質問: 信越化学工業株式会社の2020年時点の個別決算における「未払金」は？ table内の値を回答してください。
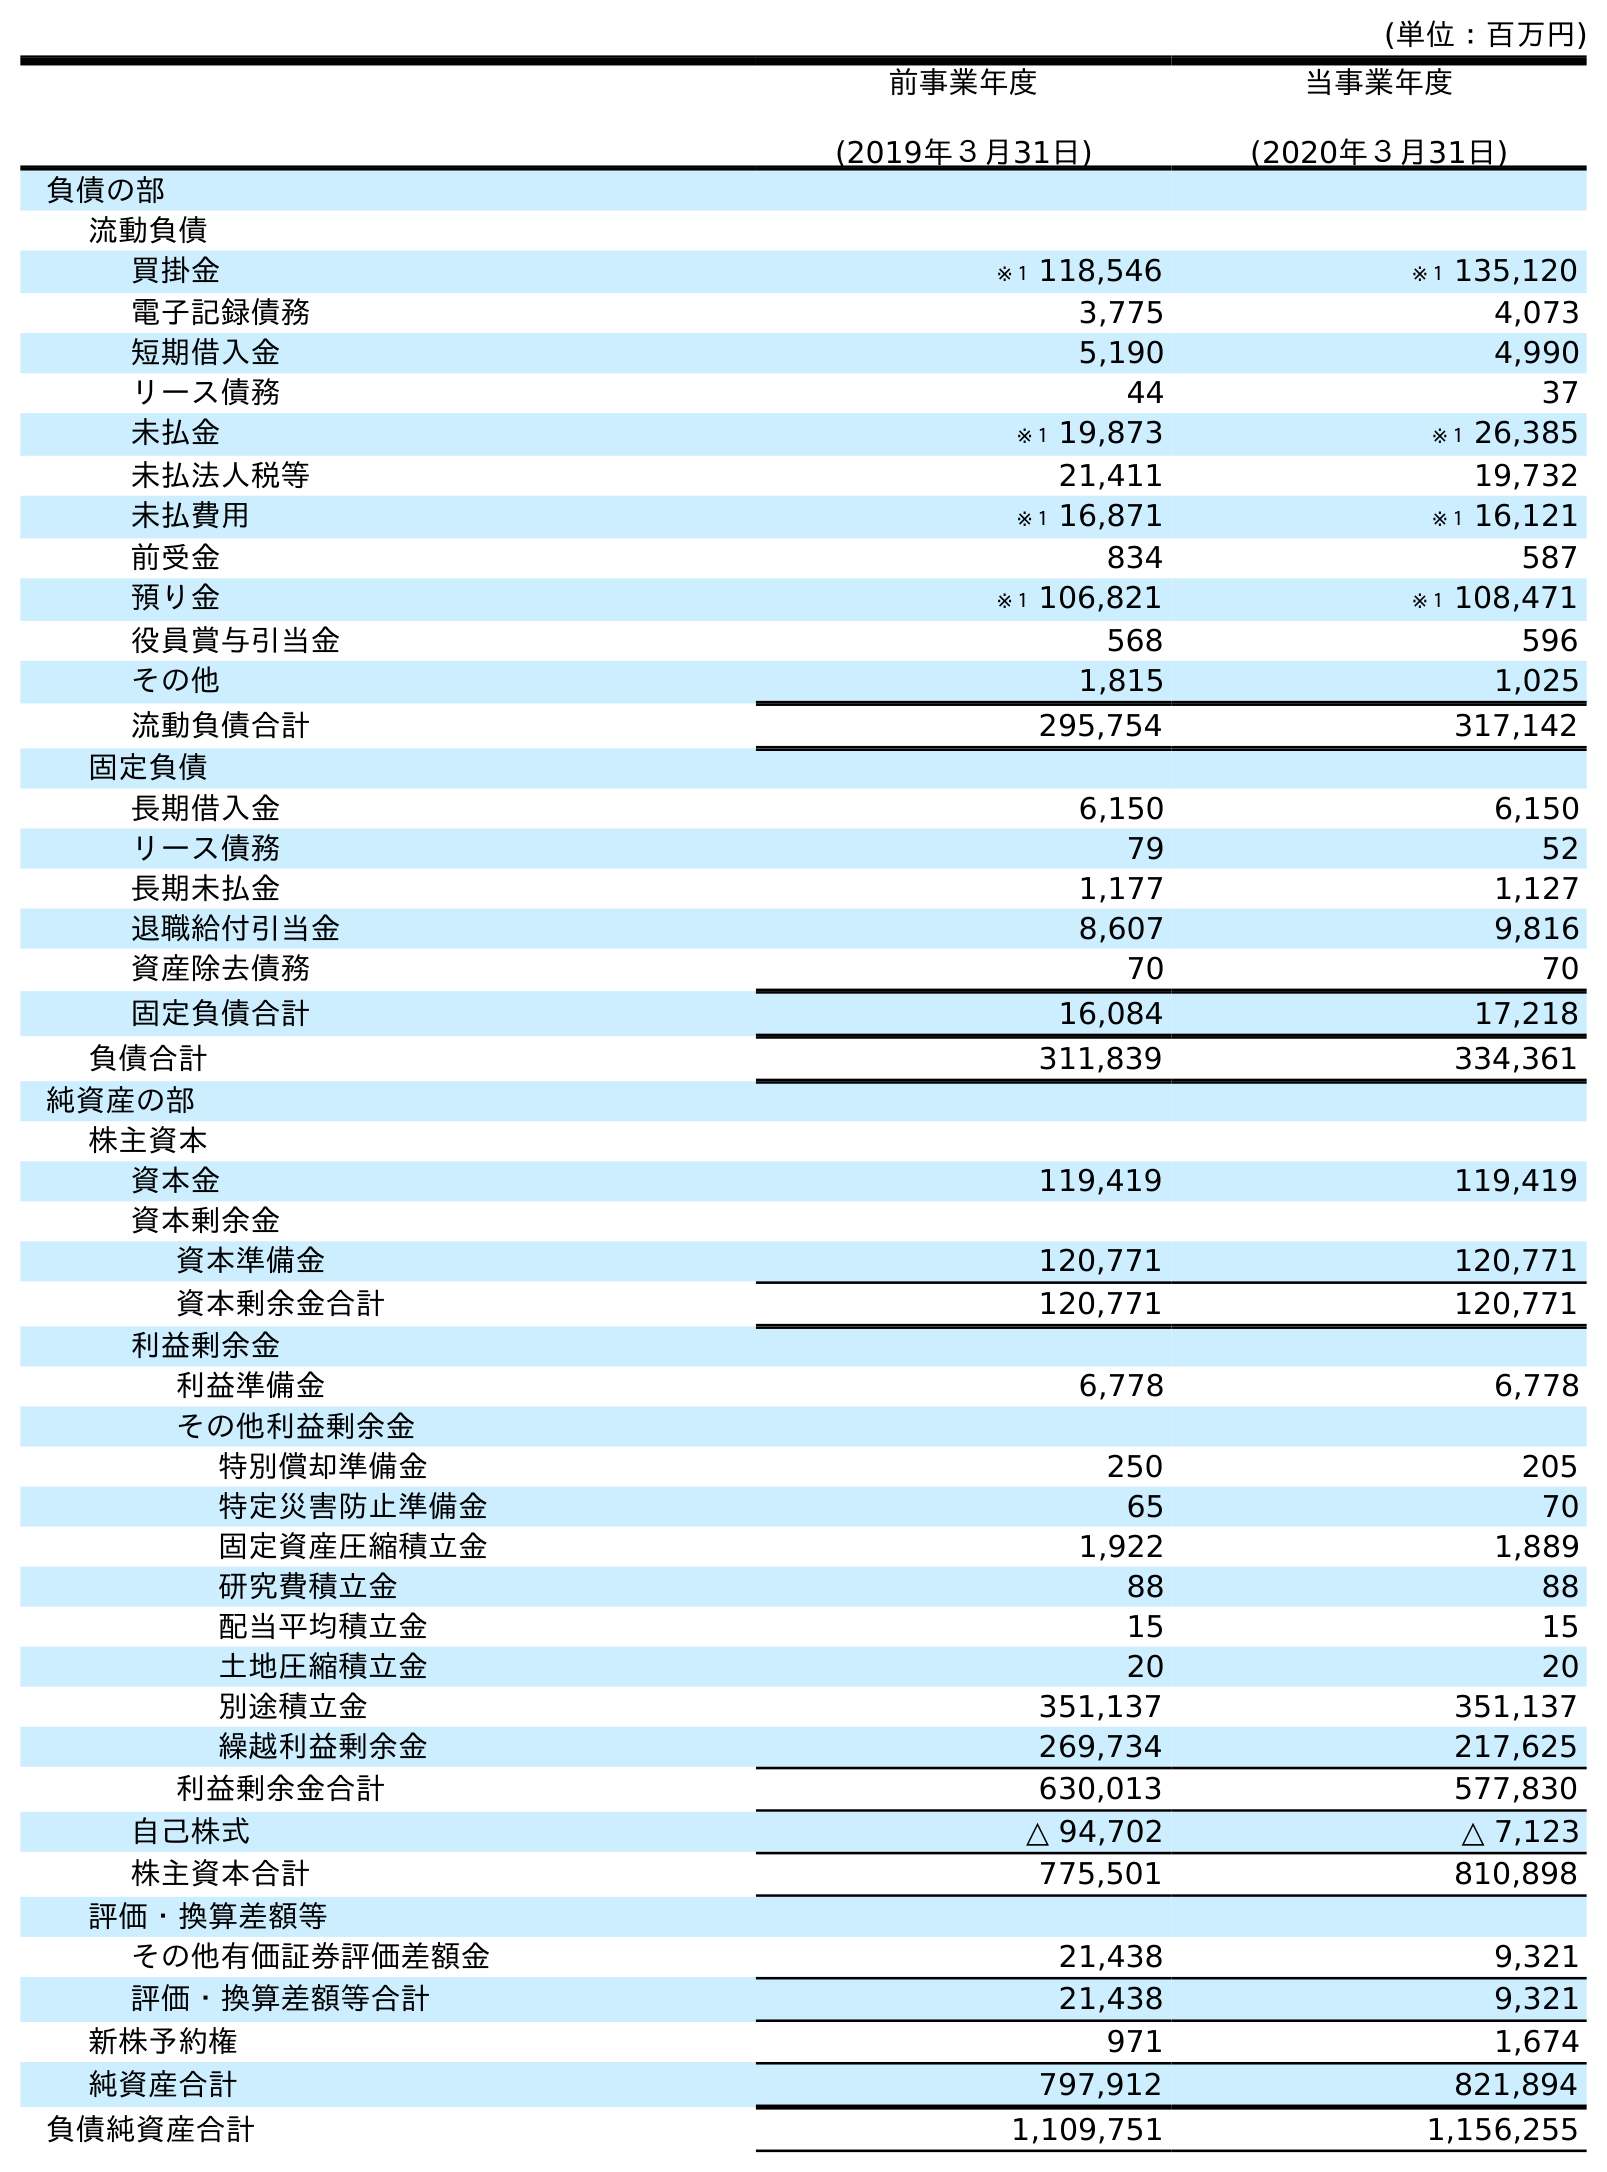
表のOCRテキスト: (単位：百万円) 前事業年度 (2019年３月31日) 当事業年度 (2020年３月31日) 負債の部 流動負債 買掛金 ※１ 118,546 ※１ 135,120 電子記録債務 3,775 4,073 短期借入金 5,190 4,990 リース債務 44 37 未払金 ※１ 19,873 ※１ 26,385 未払法人税等 21,411 19,732 未払費用 ※１ 16,871 ※１ 16,121 前受金 834 587 預り金 ※１ 106,821 ※１ 108,471 役員賞与引当金 568 596 その他 1,815 1,025 流動負債合計 295,754 317,142 固定負債 長期借入金 6,150 6,150 リース債務 79 52 長期未払金 1,177 1,127 退職給付引当金 8,607 9,816 資産除去債務 70 70 固定負債合計 16,084 17,218 負債合計 311,839 334,361 純資産の部 株主資本 資本金 119,419 119,419 資本剰余金 資本準備金 120,771 120,771 資本剰余金合計 120,771 120,771 利益剰余金 利益準備金 6,778 6,778 その他利益剰余金 特別償却準備金 250 205 特定災害防止準備金 65 70 固定資産圧縮積立金 1,922 1,889 研究費積立金 88 88 配当平均積立金 15 15 土地圧縮積立金 20 20 別途積立金 351,137 351,137 繰越利益剰余金 269,734 217,625 利益剰余金合計 630,013 577,830 自己株式 △ 94,702 △ 7,123 株主資本合計 775,501 810,898 評価・換算差額等 その他有価証券評価差額金 21,438 9,321 評価・換算差額等合計 21,438 9,321 新株予約権 971 1,674 純資産合計 797,912 821,894 負債純資産合計 1,109,751 1,156,255
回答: ※１26,385